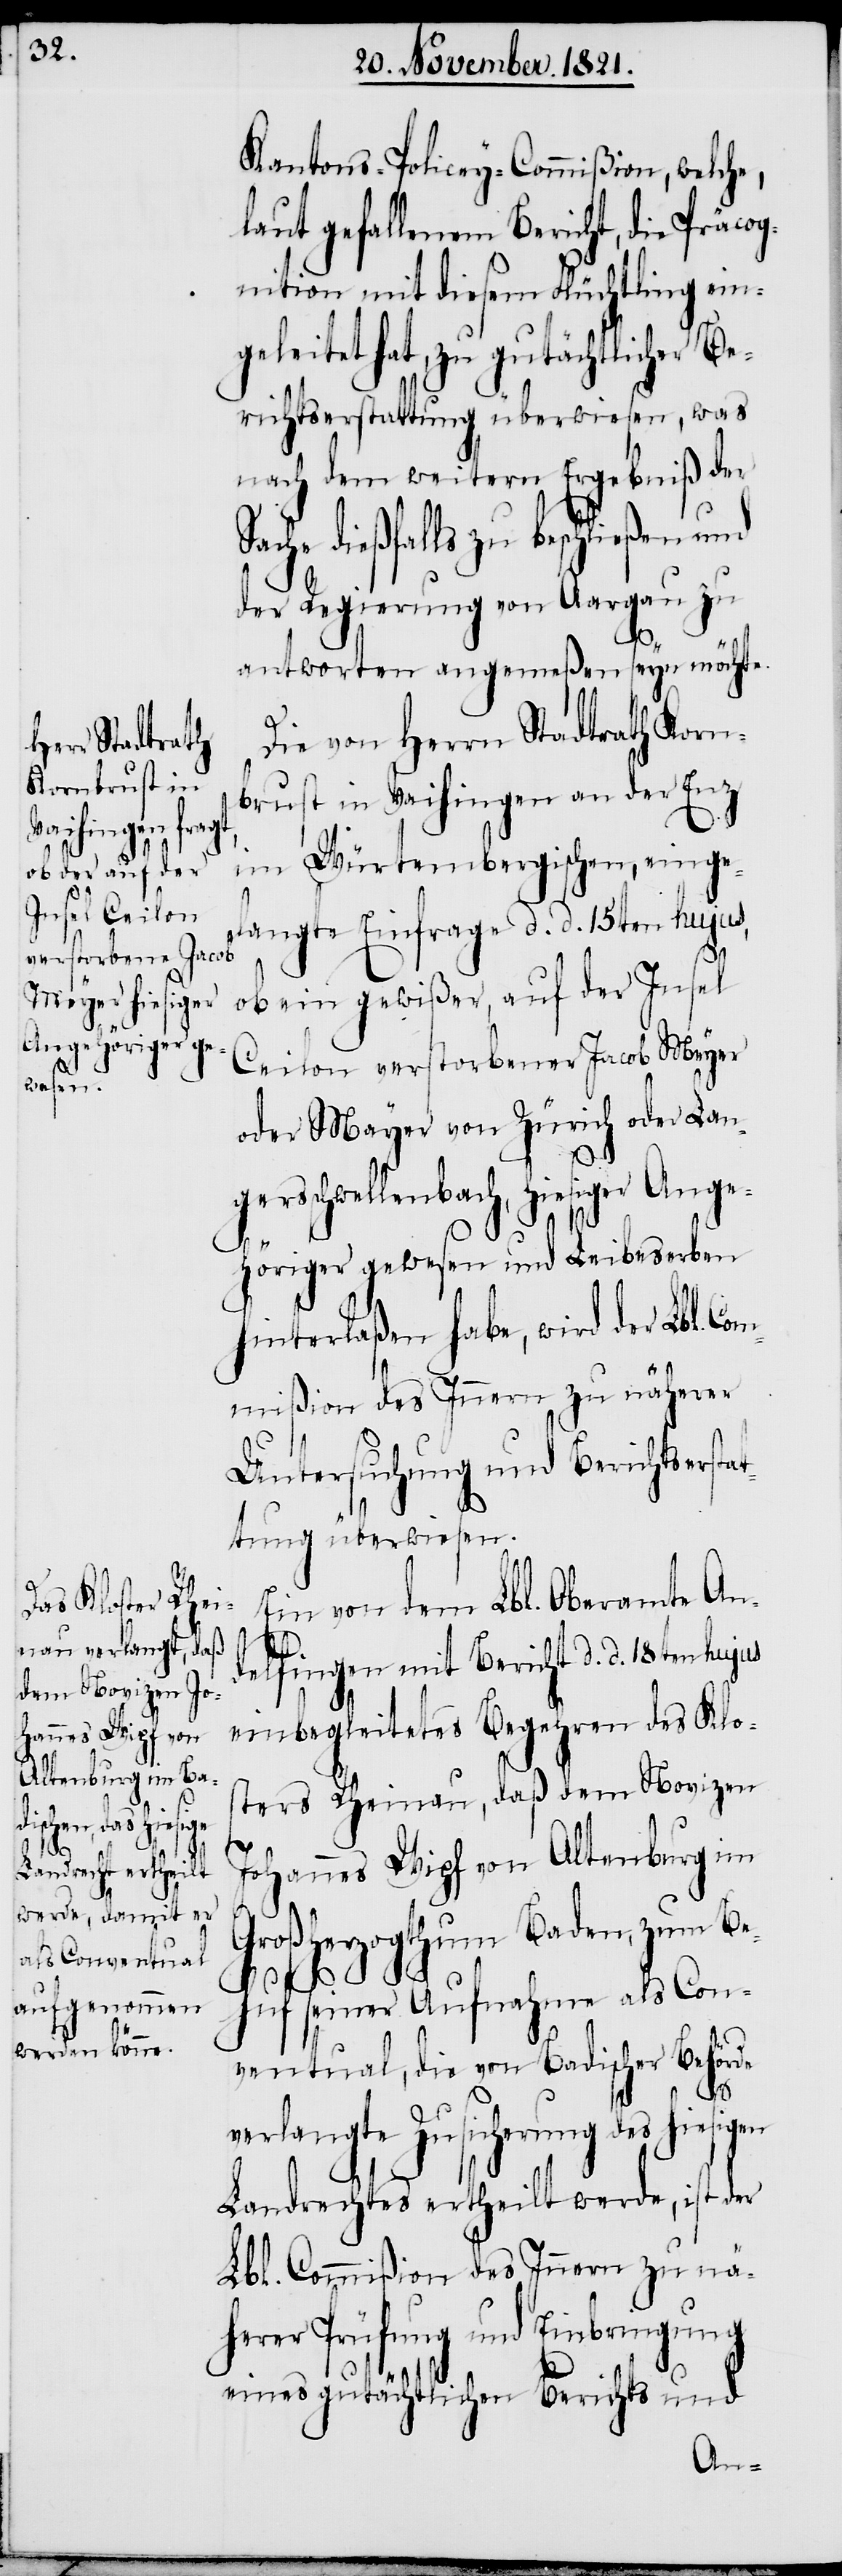
S¬

Kantons-Policey-Commißion, welche,
laut gefallenem Bericht, die Präcog¬
nition mit diesem Flüchtling ein¬
geleitet hat, zu gutächtlicher Be¬
richtserstattung überwiesen, was
nach dem weitern Ergebniß der
ache dießfalls zu beschließen
der Regierung von Aargau zu
antworten angemeßen seyn möchte.
Die von Herrn Stadtrath Korn¬
brust in Vaihingen an der Enz
im Würtembergischen, einge¬
langte Einfrage d. d. 15ten hujus,
ob ein gewißer, auf der Insel
Ceilon verstorbener Jacob Meyer
oder Mayer von Zürich oder Lan¬
gersschwellenbach, hiesiger Ange¬
höriger gewesen und Leibeserben
hinterlaßen habe, wird der Lbl. Co¬
mmißion des Innern zu näherer
Untersuchung und Berichtsersta¬
ttung überwiesen.
Ein von dem Lbl. Oberamte An¬
delfingen mit Bericht d. d. 18ten hujus
einbegleitetes Begehren des Klo¬
sters Rheinau, daß dem Novizen
Johannes Wipf von Altenburg im
Großherzogthum Baden, zum Be¬
huf seiner Aufnahme als Con¬
ventual, die von Badischer Behörde
verlangte Zusicherung des hiesigen
Landrechtes ertheilt werde, ist der
Lbl. Commißion des Innern zu näh¬
erer Prüfung und Einbringung
eines gutächtlichen Berichts und